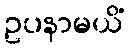
ဥပနာမယိံ